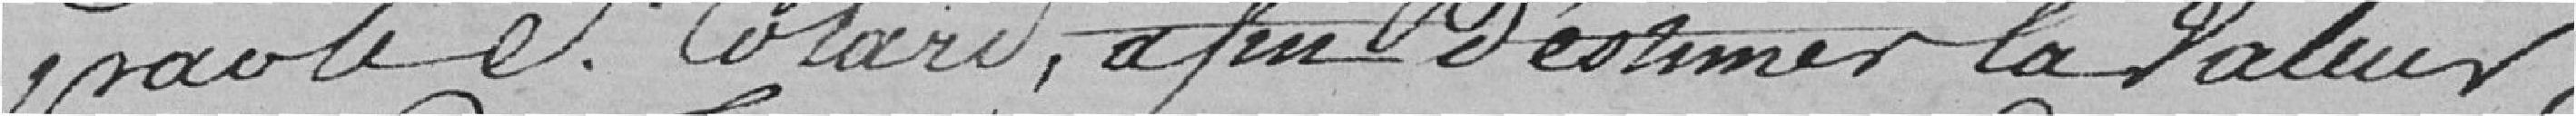
par le S. Colard ,afin d'estimer la valeur